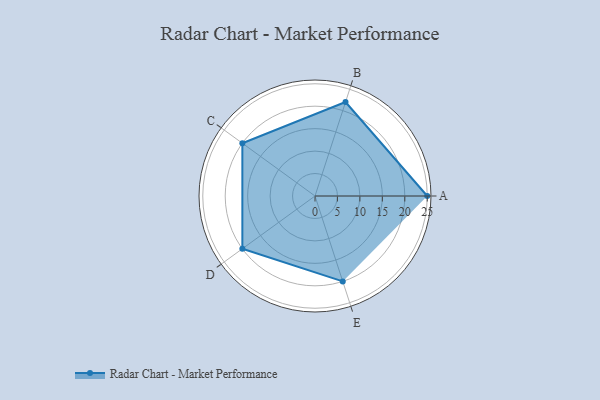
{"axis": {"x": "Skill", "y": "Score"}, "legend": ["Profile"], "data": [{"x": "A", "y": 25.0, "type": "Profile"}, {"x": "B", "y": 22.0, "type": "Profile"}, {"x": "C", "y": 20, "type": "Profile"}, {"x": "D", "y": 20, "type": "Profile"}, {"x": "E", "y": 20, "type": "Profile"}]}